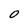
Character: 0